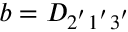
b = D _ { 2 ^ { ' } 1 ^ { ' } 3 ^ { ' } }